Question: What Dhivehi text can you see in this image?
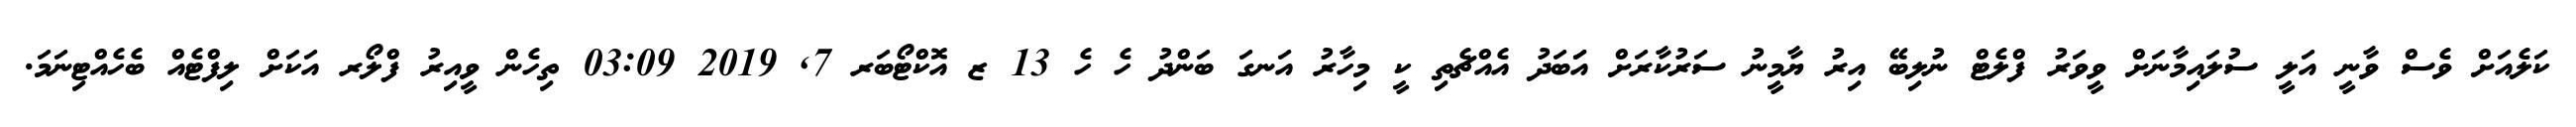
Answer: ކަލެއަށް ވެސް ވާނީ އަލީ ސުލައިމާނަށް ވީވަރު ފްލެޓް ނުލިބޭ އިރު ޔާމީނު ސަރުކާރަށް އަަބަދު އެއްޗެތި ކީ މިހާރު އަނގަ ބަންދު ހެ ހެ 13 ޒ އޮކްޓޯބަރ 7, 2019 03:09 ތިހެން ވީއިރު ފްލޯރ އަކަށް ލިފްޓެއް ބެހެއްޓިނަމަ.